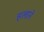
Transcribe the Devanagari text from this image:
हलाने